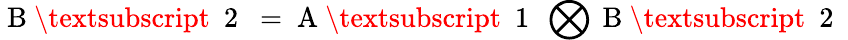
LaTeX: \mathrm{~B~\textsubscript~{~2~}~}=\mathrm{~A~\textsubscript~{~1~}~}\bigotimes\mathrm{~B~\textsubscript~{~2~}~}